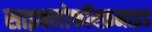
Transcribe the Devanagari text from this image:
साइक्लोफॉस्फ़माइड